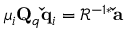
\mu _ { i } \mathbf { Q } _ { q } \mathbf { \check { q } } _ { i } = \mathbf { \mathcal { R } } ^ { - 1 * } \mathbf { \check { a } }